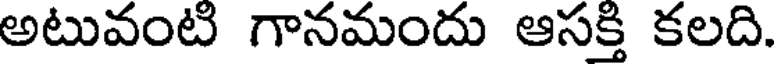
అటువంటి గానమందు ఆసక్తి కలది.